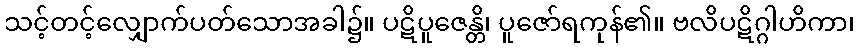
သင့်တင့်လျှောက်ပတ်သောအခါ၌။ ပဋိပူဇေန္တိ၊ ပူဇော်ရကုန်၏။ ဗလိပဋိဂ္ဂါဟိကာ၊